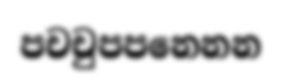
පචචුපපනෙනන